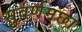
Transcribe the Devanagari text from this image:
सुवर्णमछा